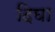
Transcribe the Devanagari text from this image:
दिघा